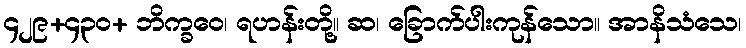
၄၂၉+၄၃၀+ ဘိက္ခဝေ၊ ရဟန်းတို့။ ဆ၊ ခြောက်ပါးကုန်သော။ အာနိသံသေ၊